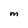
Character: m